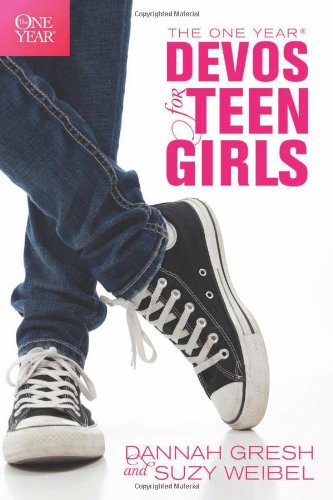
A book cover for The One Year Devos for Teen Girls; Dannah Gresh; Christian Books & Bibles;